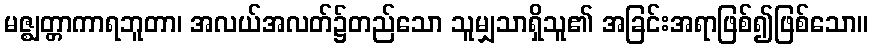
မဇ္ဈတ္တာကာရဘူတာ၊ အလယ်အလတ်၌တည်သော သူမျှသာရှိသူ၏ အခြင်းအရာဖြစ်၍ဖြစ်သော။